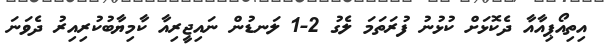
އިތިއޯޕިއާއާ ދެކޮޅަށް ކުޅުނު ފުރަތަމަ ލެގު 2-1 ލަނޑުން ނައިޖީރިއާ ކާމިޔާބުކުރިއިރު ދެވަނަ